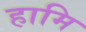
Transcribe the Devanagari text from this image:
हामि